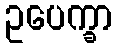
ဥပေက္ခာ